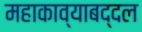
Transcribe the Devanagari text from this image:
महाकाव्याबद्दल